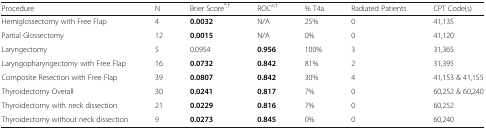
<table><thead><tr><td><b>Procedure</b></td><td><b>N</b></td><td><b>Brier Score<sup>*,†</sup></b></td><td><b>ROC<sup>a,†</sup></b></td><td><b>% T4a</b></td><td><b>Radiated Patients</b></td><td><b>CPT Code(s)</b></td></tr></thead><tbody><tr><td>Hemiglossectomy with Free Flap</td><td>4</td><td><b>0.0032</b></td><td>N/A</td><td>25%</td><td>0</td><td>41,135</td></tr><tr><td>Partial Glossectomy</td><td>12</td><td><b>0.0015</b></td><td>N/A</td><td>0%</td><td>0</td><td>41,120</td></tr><tr><td>Laryngectomy</td><td>5</td><td>0.0954</td><td><b>0.956</b></td><td>100%</td><td>3</td><td>31,365</td></tr><tr><td>Laryngopharyngectomy with Free Flap</td><td>16</td><td><b>0.0732</b></td><td><b>0.842</b></td><td>81%</td><td>2</td><td>31,395</td></tr><tr><td>Composite Resection with Free Flap</td><td>39</td><td><b>0.0807</b></td><td><b>0.842</b></td><td>30%</td><td>4</td><td>41,153 &amp; 41,155</td></tr><tr><td>Thyroidectomy Overall</td><td>30</td><td><b>0.0241</b></td><td><b>0.817</b></td><td>7%</td><td>0</td><td>60,252 &amp; 60,240</td></tr><tr><td>Thyroidectomy with neck dissection</td><td>21</td><td><b>0.0229</b></td><td><b>0.816</b></td><td>7%</td><td>0</td><td>60,252</td></tr><tr><td>Thyroidectomy without neck dissection</td><td>9</td><td><b>0.0273</b></td><td><b>0.845</b></td><td>0%</td><td>0</td><td>60,240</td></tr></tbody></table>